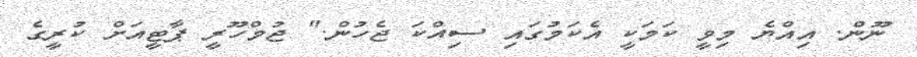
ނޫން. އިއްޔެ މިވީ ކަމަކީ އެކަމުގައި ސިއްކަ ޖެހުން." ޖުމްހޫރީ ޕާޓީއަށް ކުރީގެ